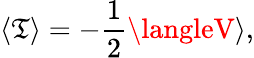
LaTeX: \langle\mathfrak{T}\rangle=-\frac{{1}}{{2}}\langleV\rangle,